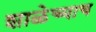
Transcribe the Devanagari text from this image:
शाळेच्याच